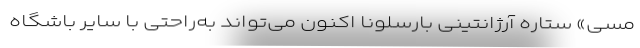
مسی» ستاره آرژانتینی بارسلونا اکنون می‌تواند به‌راحتی با سایر باشگاه